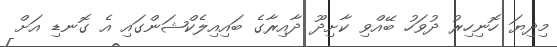
މިދިޔަ ހޮނިހިރު ދުވަހު ބޭއްވި ކާށިދޫ ދާއިރާގެ ބައިއިލެކްޝަންގައި އެ ގޮނޑި އަށް